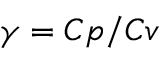
\gamma = C p / C v